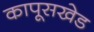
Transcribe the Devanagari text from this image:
कापूसखेड